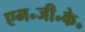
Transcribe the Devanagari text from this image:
एम॰जी॰के॰